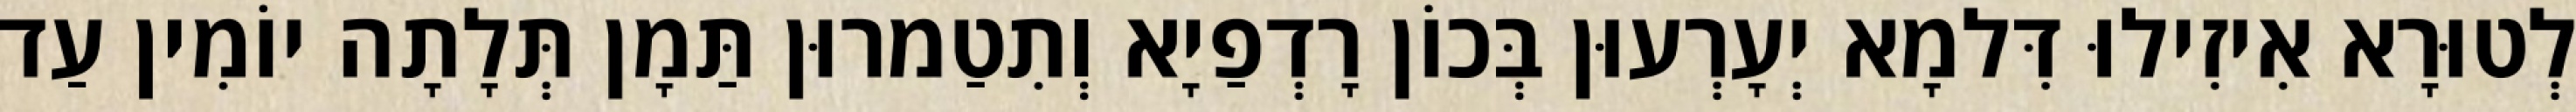
לְטוּרָא אִיזִילוּ דִּלמָא יְעָרְעוּן בְּכוֹן רָדְפַיָא וְתִטַמרוּן תַּמָן תְּלָתָה יוֹמִין עַד